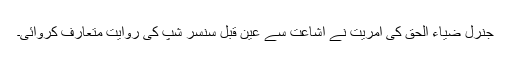
جنرل ضیاء الحق کی آمریت نے اشاعت سے عین قبل سنسر شپ کی روایت متعارف کروائی۔